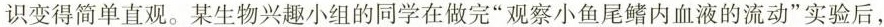
识变得简单直观。某生物兴趣小组的同学在做完”观察小鱼尾鳍内血液的流动”实验后，